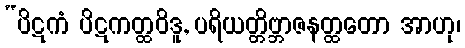
“ပိဋကံ ပိဋကတ္ထဝိဒူ, ပရိယတ္တိဗ္ဘာဇနတ္ထတော အာဟု၊